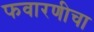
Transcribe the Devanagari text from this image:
फवारणीचा